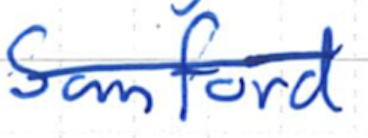
Text: Sanford
Cross-out: mix
Writing tool: ballpoint